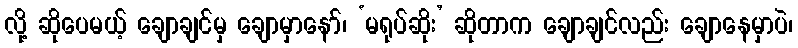
လို့ ဆိုပေမယ့် ချောချင်မှ ချောမှာနော်၊ ‘မရုပ်ဆိုး’ ဆိုတာက ချောချင်လည်း ချောနေမှာပဲ၊